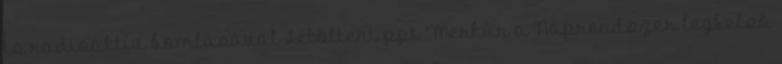
is radioaktív bomlásával Letölteni ppt "Merkúr a Naprendszer legbelső